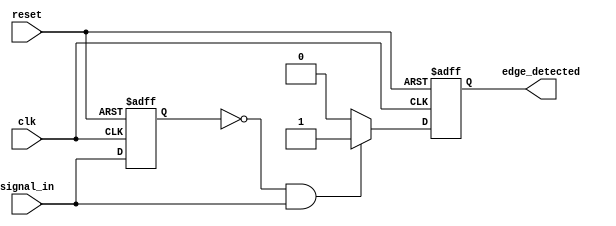
module rising_edge_detector (
    input wire clk,              // Clock input
    input wire reset,            // Asynchronous reset
    input wire signal_in,        // Input signal to detect rising edge
    output reg edge_detected     // Output signal indicating rising edge
);

    reg previous_state;          // Register to hold the previous state of signal_in

    // Asynchronous reset and edge detection logic
    always @(posedge clk or posedge reset) begin
        if (reset) begin
            previous_state <= 1'b0; // Initialize previous_state to 0 on reset
            edge_detected <= 1'b0;   // Initialize edge_detected to 0 on reset
        end else begin
            // Edge detection logic
            if (previous_state == 1'b0 && signal_in == 1'b1) begin
                edge_detected <= 1'b1; // Rising edge detected
            end else begin
                edge_detected <= 1'b0; // No rising edge detected
            end
            
            // Update previous_state for the next clock cycle
            previous_state <= signal_in;
        end
    end

endmodule